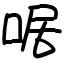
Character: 啹